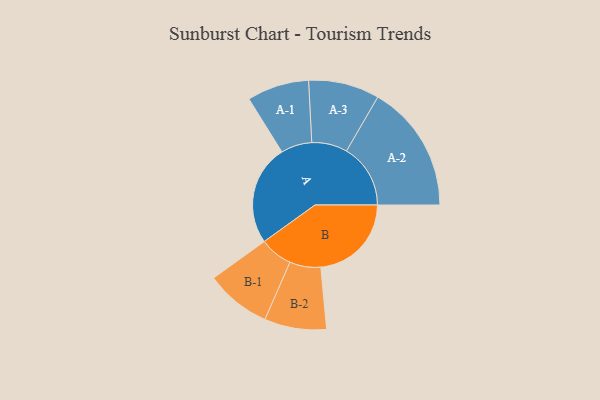
{"axis": {"x": "Segment", "y": "Value"}, "legend": ["", "A", "B"], "data": [{"x": "A", "y": 450, "type": ""}, {"x": "B", "y": 406, "type": ""}, {"x": "A-1", "y": 139, "type": "A"}, {"x": "A-2", "y": 287, "type": "A"}, {"x": "A-3", "y": 159, "type": "A"}, {"x": "B-1", "y": 147, "type": "B"}, {"x": "B-2", "y": 139, "type": "B"}]}